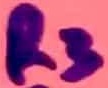
Text: R3